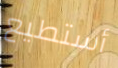
أستطيع